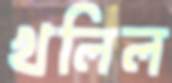
খলিল